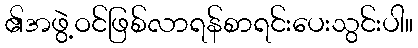
၏အဖွဲ့ဝင်ဖြစ်လာရန်စာရင်းပေးသွင်းပါ။